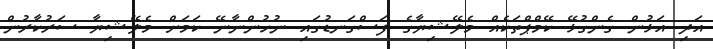
އަދި އަޅުން ގެންގުޅޭ ކޭމްޕްތަކެއް މެލޭޝިޔާގެ ފަސްގަނޑުގައި ނުހުންނާނޭ ކަމަށް މެލޭޝިޔާ ސަރުކާރުން